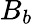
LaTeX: B_{b}